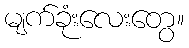
မျက်ခုံးလေးတွေ။